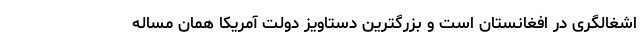
اشغالگری در افغانستان است و بزرگترین دستاویز دولت آمریکا همان مساله